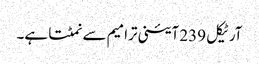
آرٹیکل 239 آئینی ترامیم سے نمٹتا ہے۔